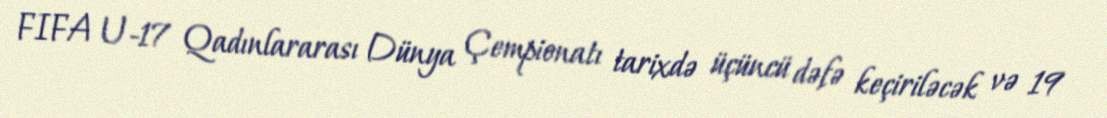
FIFA U-17 Qadınlararası Dünya Çempionatı tarixdə üçüncü dəfə keçiriləcək və 19